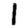
Digit: 1